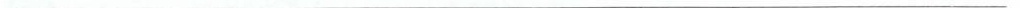
___